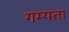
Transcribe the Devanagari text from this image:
गम्यता